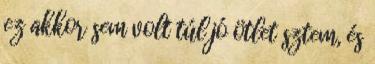
ez akkor sem volt túl jó ötlet sztem, és